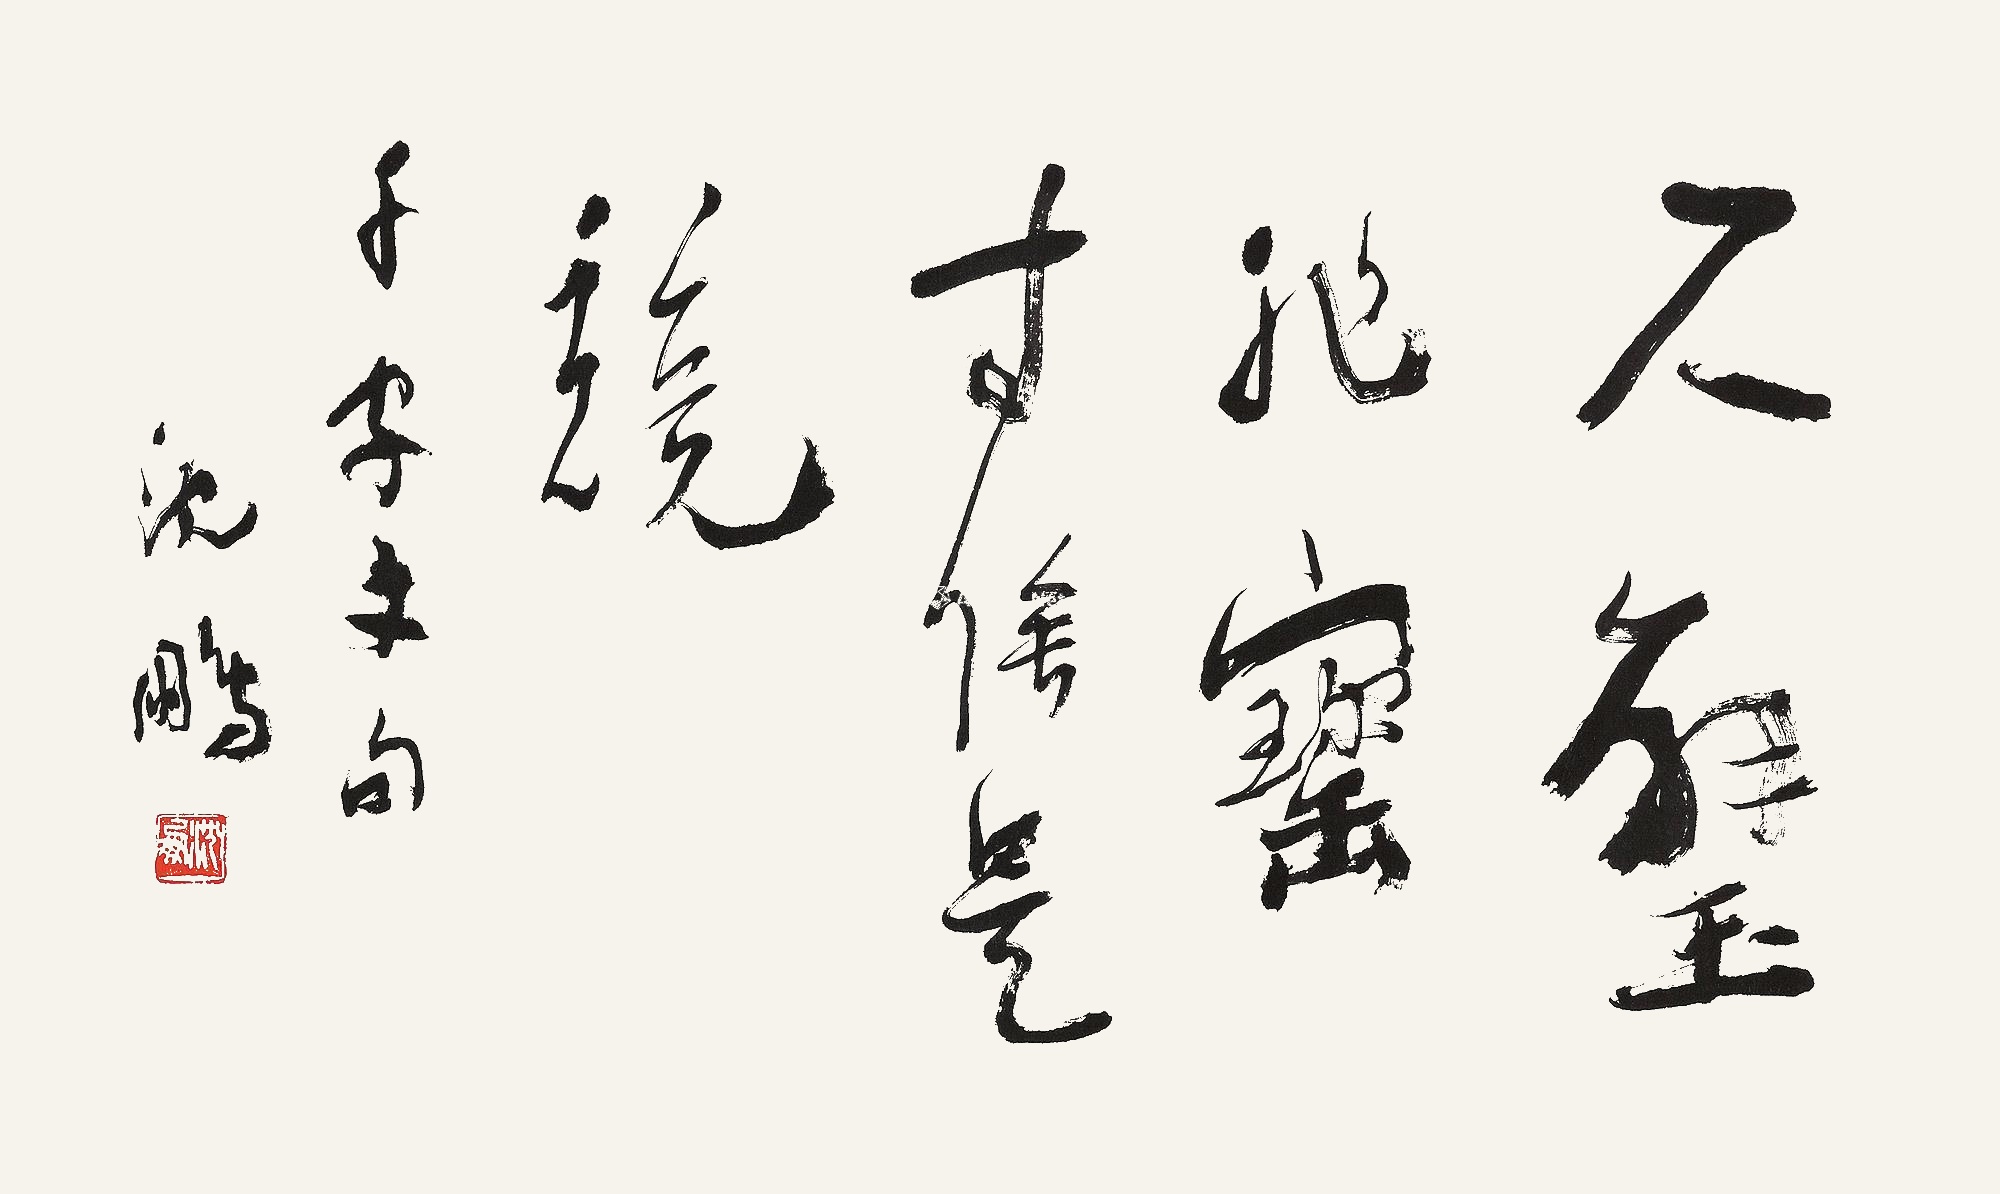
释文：尺璧非宝，寸阴是竞。千字文句。沈鹏。